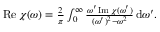
\begin{array} { r } { \operatorname { R e } \chi ( \omega ) = \frac { 2 } { \pi } \int _ { 0 } ^ { \infty } \frac { \omega ^ { \prime } \operatorname { I m } \chi ( \omega ^ { \prime } ) } { ( \omega ^ { \prime } ) ^ { 2 } - \omega ^ { 2 } } \, \mathrm { d } \omega ^ { \prime } . } \end{array}